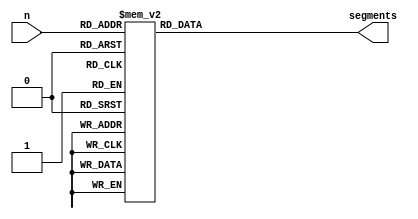
module hex2segments(
	input [3:0] n,
	output reg [6:0] segments
);

always @(n) begin
	case(n)
	0:  segments=7'b1000000;  //0
	1:  segments=7'b1111001;  //1
	2:  segments=7'b0100100;  //2
	3:  segments=7'b0110000;  //3
	4:  segments=7'b0011001;  //4
	5:  segments=7'b0010010;  //5
	6:  segments=7'b0000010;  //6
	7:  segments=7'b1111000;  //7
	8:  segments=7'b0000000;  //8
	9:  segments=7'b0010000;  //9
	10: segments=7'b0001000;  //A
	11: segments=7'b0000011;  //b
	12: segments=7'b1000110;  //C
	13: segments=7'b0100001;  //d
	14: segments=7'b0000110;  //E
	
	
	15: segments=7'b1111111;  // nothing
	default: segments=7'b0111111; //-
	endcase
   end

	

endmodule